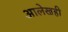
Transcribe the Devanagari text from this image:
आलेखही